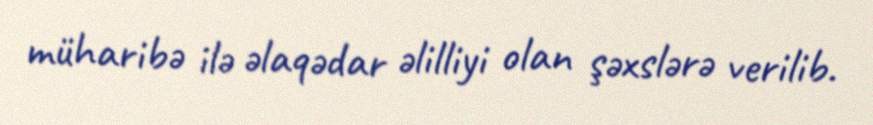
müharibə ilə əlaqədar əlilliyi olan şəxslərə verilib.